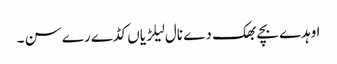
اوہدے بچے بھک دے نال لیلڑیاں کڈے رے سن ۔